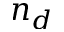
n _ { d }